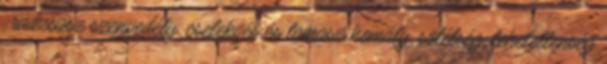
, radzsasz szenvedély, cselekvés és tamasz homály, sötétség, tehetetlenség